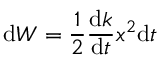
\mathrm { d } W = \frac { 1 } { 2 } \frac { \mathrm { d } k } { \mathrm { d } t } x ^ { 2 } \mathrm { d } t